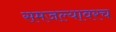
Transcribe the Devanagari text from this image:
समजल्यावरच